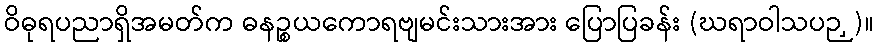
ဝိဓုရပညာရှိအမတ်က ဓနဉ္စယကောရဗျမင်းသားအား ပြောပြခန်း (ဃရာဝါသပဉှ)။